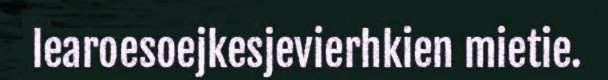
learoesoejkesjevierhkien mietie.